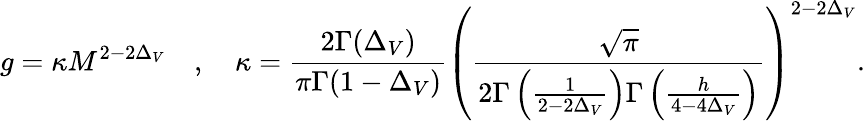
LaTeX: g=\kappa M^{2-2\Delta_{V}}\quad,\quad\kappa=\frac{2\Gamma(\Delta_{V})}{\pi\Gamma(1-\Delta_{V})}\left(\frac{\sqrt{\pi}}{2\Gamma\left(\frac{1}{2-2\Delta_{V}}\right)\Gamma\left(\frac{h}{4-4\Delta_{V}}\right)}\right)^{2-2\Delta_{V}}.